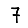
Digit: 7